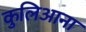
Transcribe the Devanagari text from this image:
कुलिआना